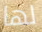
لها